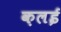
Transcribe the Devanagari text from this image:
क़लई